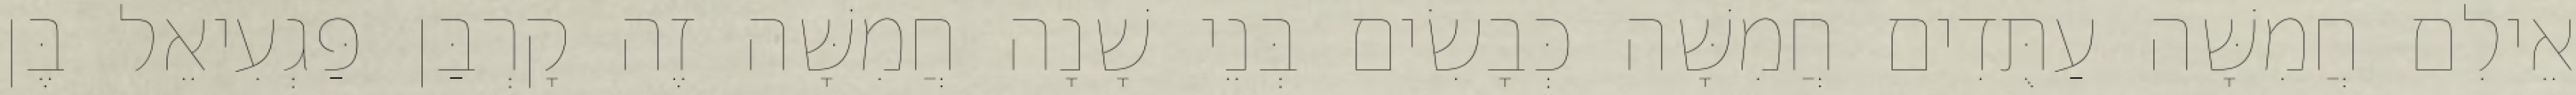
אֵילִם חֲמִשָּׁה עַתֻּדִים חֲמִשָּׁה כְּבָשִׂים בְּנֵי שָׁנָה חֲמִשָּׁה זֶה קָרְבַּן פַּגְעִיאֵל בֶּן